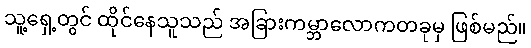
သူ့ရှေ့တွင် ထိုင်နေသူသည် အခြားကမ္ဘာလောကတခုမှ ဖြစ်မည်။